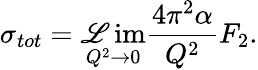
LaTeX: \sigma_{tot}=\operatorname*{\mathscr{L}im}_{Q^{2}\rightarrow0}\frac{{4\pi^{2}\alpha}}{{Q^{2}}}F_{2}.